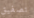
تصفيق